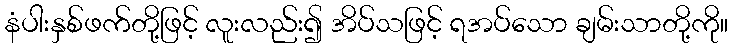
နံပါးနှစ်ဖက်တို့ဖြင့် လူးလည်း၍ အိပ်သဖြင့် ရအပ်သော ချမ်းသာတို့ကို။